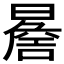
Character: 𭧬